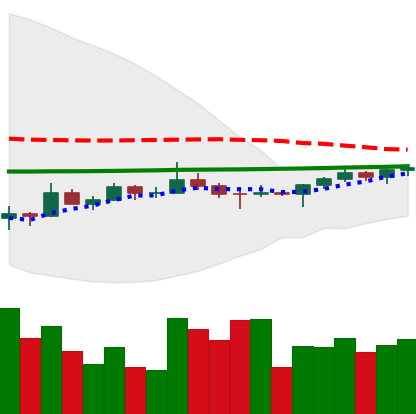
Ticker: TRX-USD
Chart end date: 2022-07-08
Forward return: -4.026%
Label: down_3_5